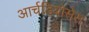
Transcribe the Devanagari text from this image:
आर्चडियोसेस